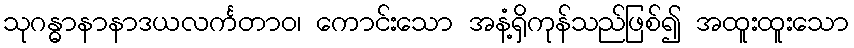
သုဂန္ဓာနာနာဒယလင်္ကတာဝ၊ ကောင်းသော အနံ့ရှိကုန်သည်ဖြစ်၍ အထူးထူးသော